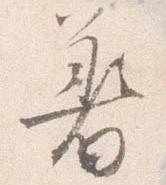
着